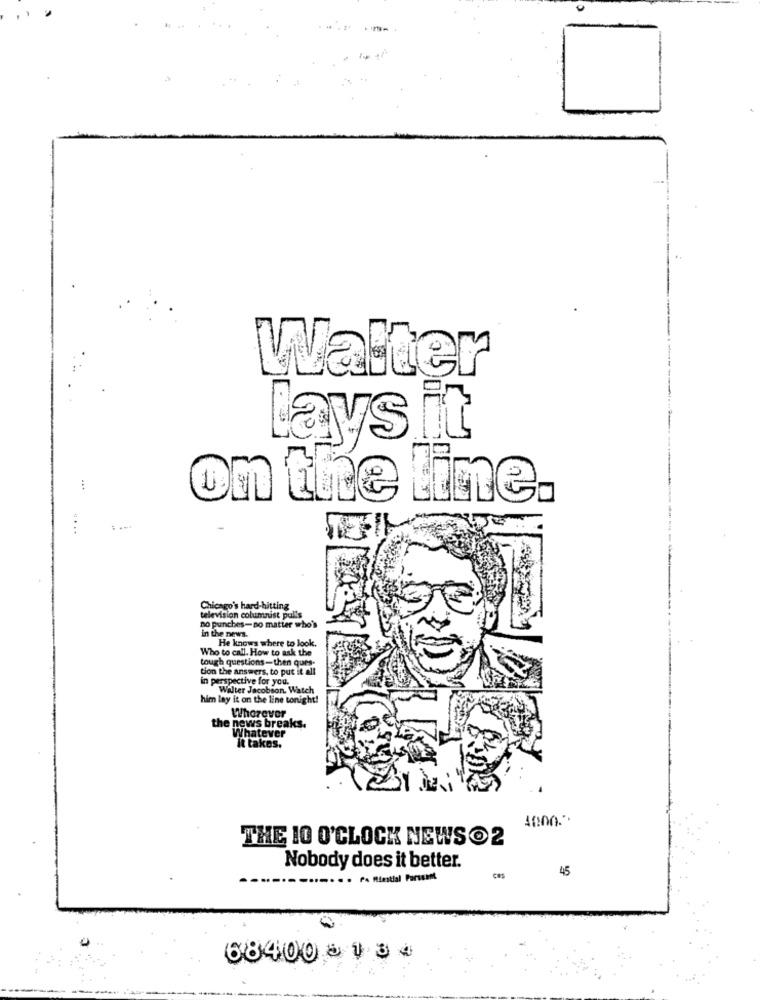
Walter
Lays it
:
on the line.
Chicago's hard-hitting
television columnist pulls
no punches-no matter who's
in the news.
He knows where to look.
all. How to ask the
tough questions-then ques-
tion the answers, to put it all
in perspective for you.
Walter Jacobson. Watch
him lay it on the line tonight!
Wherever
the news breaks.
Whatever
it takes.
THE 10 O'CLOCK NEWS O 2
Nobody does it better.
45
68400 & 1 3 4